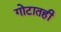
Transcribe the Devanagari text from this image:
गोटातही